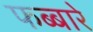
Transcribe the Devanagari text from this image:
फब्बारे